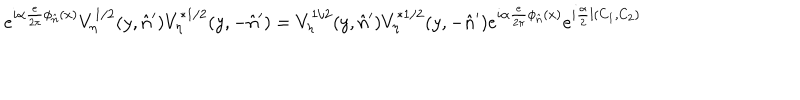
e ^ { i \alpha \frac { e } { 2 \pi } \phi _ { \hat { n } } ( x ) } V _ { \eta } ^ { 1 / 2 } ( y , \hat { n } ^ { \prime } ) V _ { \eta } ^ { * 1 / 2 } ( y , - \hat { n } ^ { \prime } ) = V _ { \eta } ^ { 1 / 2 } ( y , \hat { n } ^ { \prime } ) V _ { \eta } ^ { * 1 / 2 } ( y , - \hat { n } ^ { \prime } ) e ^ { i \alpha \frac { e } { 2 \pi } \phi _ { \hat { n } } ( x ) } e ^ { i \frac { \alpha } { 2 } l ( C _ { 1 } , C _ { 2 } ) }